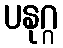
ပနုဂ္ဂ